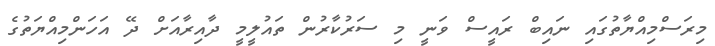
މިރަސްމިއްޔާތުގައި ނައިބް ރައީސް ވަނީ މި ސަރުކާރުން ތައުލީމީ ދާއިރާއަށް ދޭ އަހަންމިއްޔަތުގެ